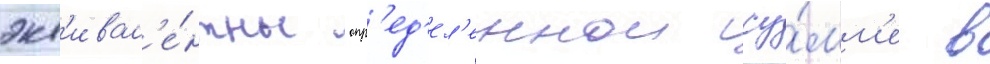
экв'ивал'е́нтны опр'ед'ел'еннои су́мм'е в